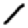
Digit: 1